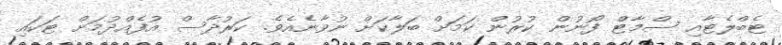
ޓެބްލެޓާއި ސްމާޓް ފޯނުން ކުރުން ކަމަށް ބަލާކަށް ނުވާނެއެވެ. ކަރުދާސް އުފެއްދުމަށް ޓަކައި